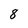
Character: 8